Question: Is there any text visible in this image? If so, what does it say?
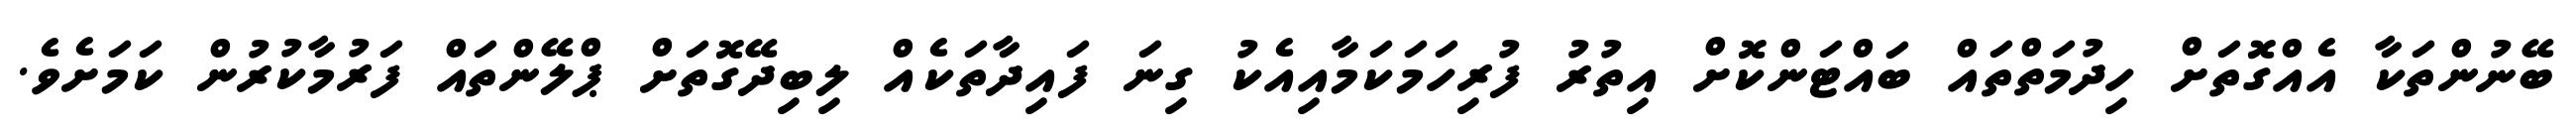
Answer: ބޭނުންތަކާ އެއްގޮތަށް ހިދުމަތްތައް ބައްޓަންކޮށް އިތުރު ފުރިހަމަކަމާއިއެކު ގިނަ ފައިދާތަކެއް ލިބިދޭގޮތަށް ޕްލޭންތައް ފަރުމާކުރުން ކަމަށެވެ.